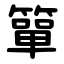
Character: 簞